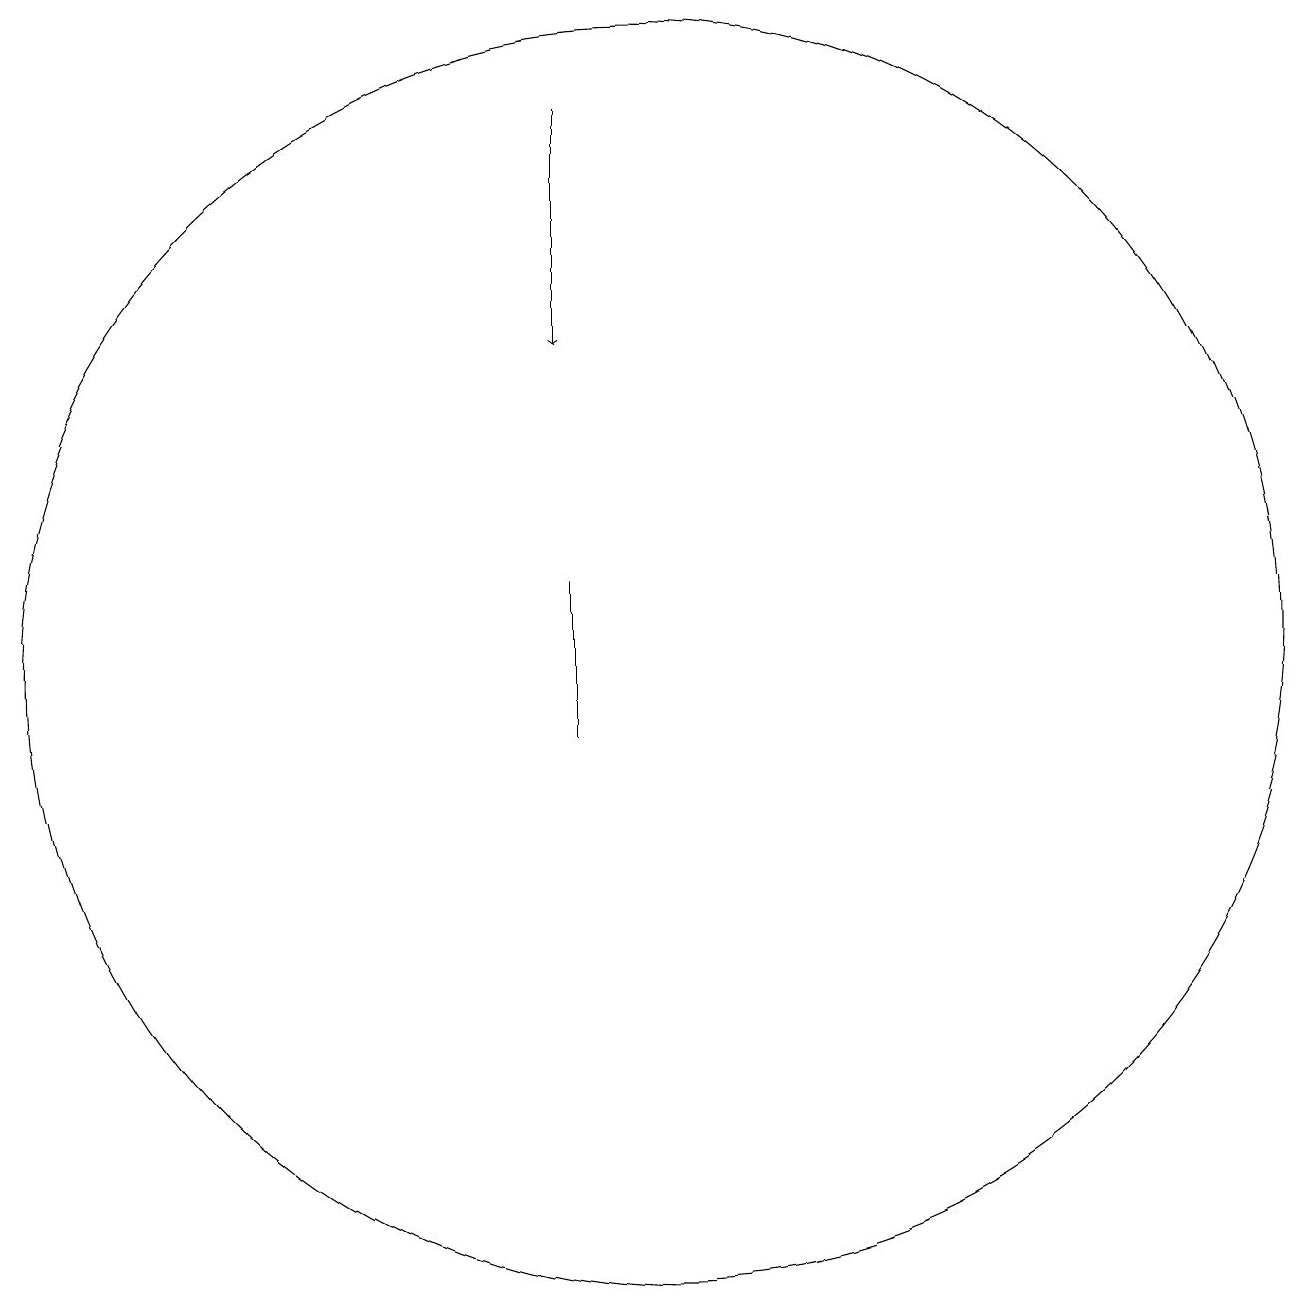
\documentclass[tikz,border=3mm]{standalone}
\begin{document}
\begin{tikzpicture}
\draw (9,11) rectangle (9,13);
\draw[->] (9,19) -- (9,16);
\draw (10,12) circle (8);
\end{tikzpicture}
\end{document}